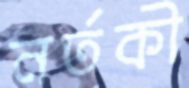
নর্তকী